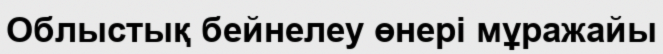
Облыстық бейнелеу өнері мұражайы